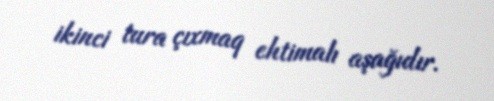
ikinci tura çıxmaq ehtimalı aşağıdır.